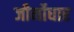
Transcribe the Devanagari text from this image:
जीर्नोधार